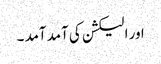
اور الیکشن کی آمد آمد ۔